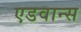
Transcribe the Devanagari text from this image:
एडवान्स